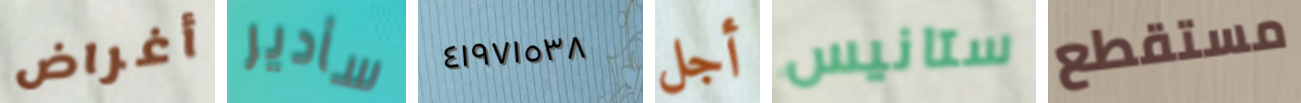
أغراض سأدير ٤١٩٧١٥٣٨ أجل ستانيس مستقطع